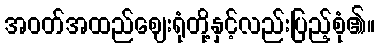
အဝတ်အထည်ဈေးရုံတို့နှင့်လည်းပြည့်စုံ၏။